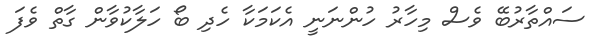
ސައްތާރުބޭ ވެސް މިހާރު ހުންނަނީ އެކަމަކާ ހެދި ބޯ ހަލާކުވާން ގާތް ވެފަ